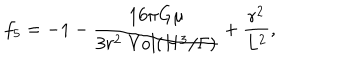
LaTeX: { f _ { 5 } } = - 1 - { \frac { 1 6 \pi G \mu } { 3 r ^ { 2 } \; \mathrm { { V o l } } ( { H ^ { 3 } } / { \Gamma } ) } } + { \frac { r ^ { 2 } } { L ^ { 2 } } } ,